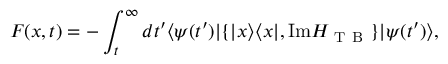
F ( x , t ) = - \int _ { t } ^ { \infty } d t ^ { \prime } \langle \psi ( t ^ { \prime } ) | \{ | x \rangle \langle x | , \mathrm { I m } H _ { \mathrm { ~ T ~ B ~ } } \} | \psi ( t ^ { \prime } ) \rangle ,